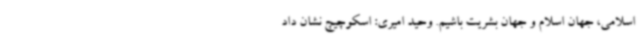
اسلامی، جهان اسلام و جهان بشریت باشیم. وحید امیری: اسکوچیچ نشان داد